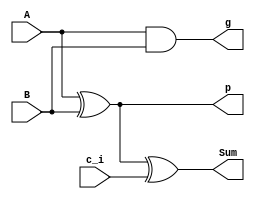
`timescale 1ns/1ps

module Full_adder 
(
  input  A,
  input  B,
  input  c_i,
  output g,
  output p,
  output Sum
);

   assign p = A ^ B;
   assign g = A & B;

   assign Sum = A ^ B ^ c_i;

endmodule